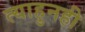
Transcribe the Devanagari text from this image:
त्याहुनही